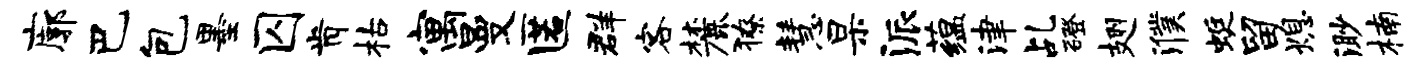
廓巴包墨囚肯枯寓曼匿群客麓獠慧杲派蕴津乩磴翅濮蜓留熄渺楠